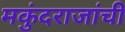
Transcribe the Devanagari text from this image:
मकुंदराजांची